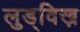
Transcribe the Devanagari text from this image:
लुड्विख़